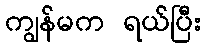
ကျွန်မက ရယ်ပြီး